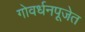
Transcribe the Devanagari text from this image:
गोवर्धनपूजेत